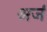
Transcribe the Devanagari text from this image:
अजं